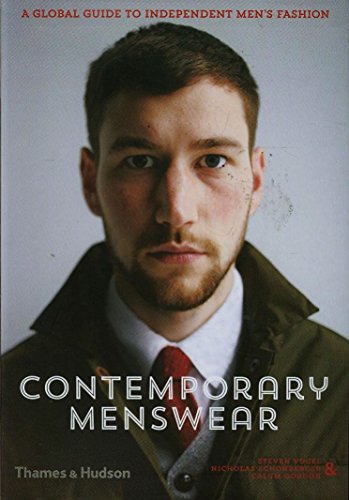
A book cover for Contemporary Menswear: The Insider's Guide to Independent Men's Fashion; Steven Vogel; Health, Fitness & Dieting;